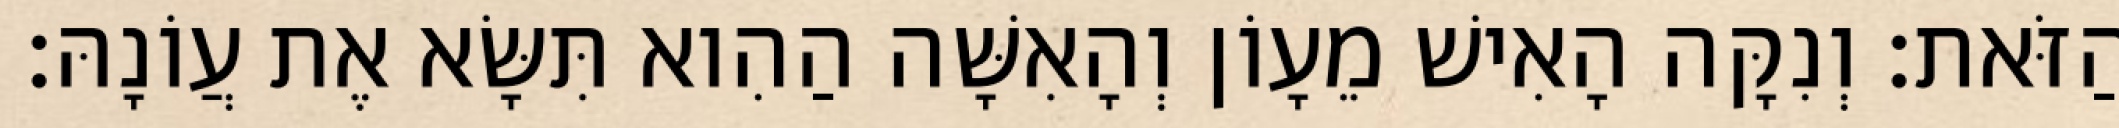
הַזֹּאת׃ וְנִקָּה הָאִישׁ מֵעָוֹן וְהָאִשָּׁה הַהִוא תִּשָּׂא אֶת עֲוֹנָהּ׃